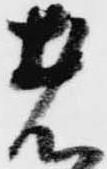
者